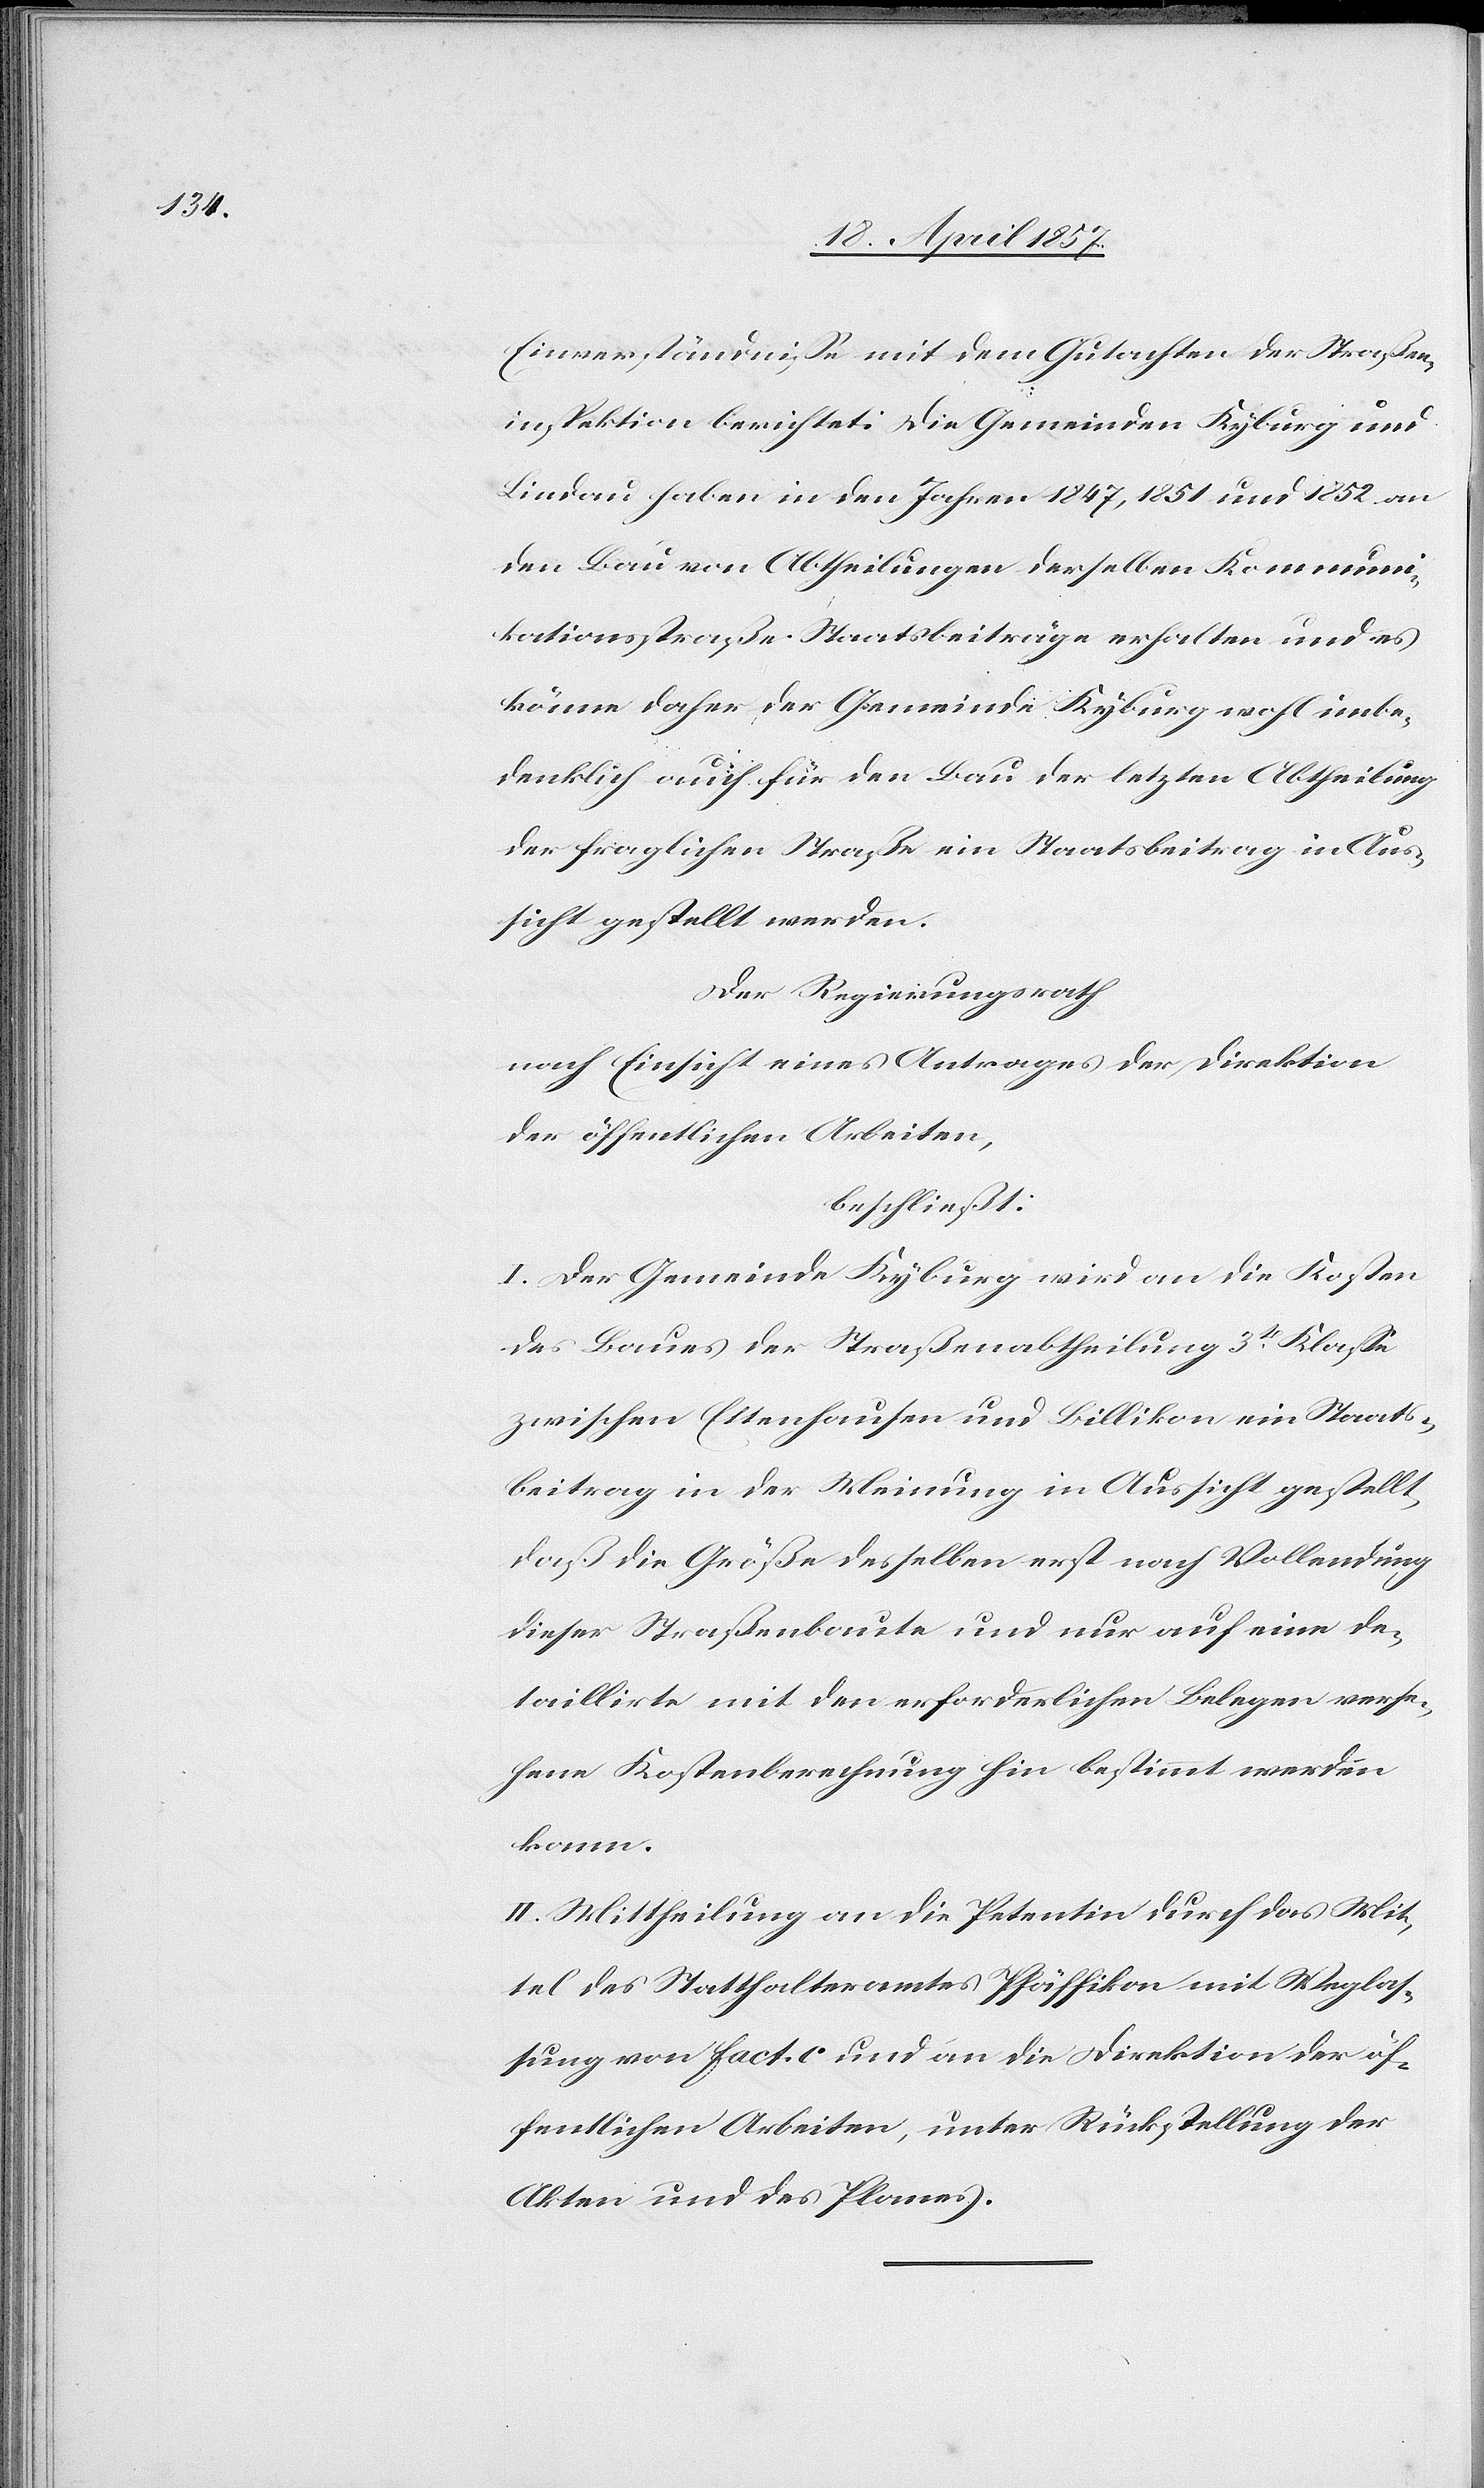
Einverständnisse mit dem Gutachten der Straßen¬
inspektion berichtet: Die Gemeinden Kyburg und
Lindau haben in den Jahren 1847, 1851 und 1852 an
den Bau von Abtheilungen derselben Kommuni¬
kationsstraße Staatsbeiträge erhalten und es
könne daher der Gemeinde Kyburg wohl unbe¬
denklich auch für den Bau der letzten Abtheilung
der fraglichen Straße ein Staatsbeitrag in Aus¬
sicht gestellt werden.
Der Regierungsrath
nach Einsicht eines Antrages der Direktion
der öffentlichen Arbeiten,
beschließt:
I. Der Gemeinde Kyburg wird an die Kosten
des Baues der Straßenabtheilung 3t Klasse
zwischen Ettenhausen und Billikon ein Staats¬
beitrag in der Meinung in Aussicht gestellt,
daß die Größe desselben erst nach Vollendung
dieser Straßenbaute und nur auf eine de¬
taillirte mit den erforderlichen Belegen verse¬
hene Kostenberechung hin bestimmt werden
kann.
II. Mittheilung an die Petentin durch das Mit¬
tel des Statthalteramtes Pfäffikon mit Weglas¬
sung von fact. c und an die Direktion der öf¬
fentlichen Arbeiten, unter Rückstellung der
Akten und des Planes.